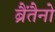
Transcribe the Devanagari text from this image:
ब्रैंतैनो